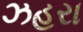
ઝહરા